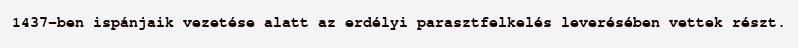
1437-ben ispánjaik vezetése alatt az erdélyi parasztfelkelés leverésében vettek részt.